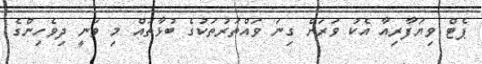
ޕެޓް ވިޔަފާރިއާ އެކު ވަރަށް ގިނަ ވައްތަރުތަކުގެ ބުޅާތައް މި ވަނީ ދިވެހިންގެ